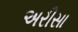
અરીસા